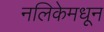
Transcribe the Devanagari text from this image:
नलिकेमधून